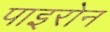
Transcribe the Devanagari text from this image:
पाइरोन